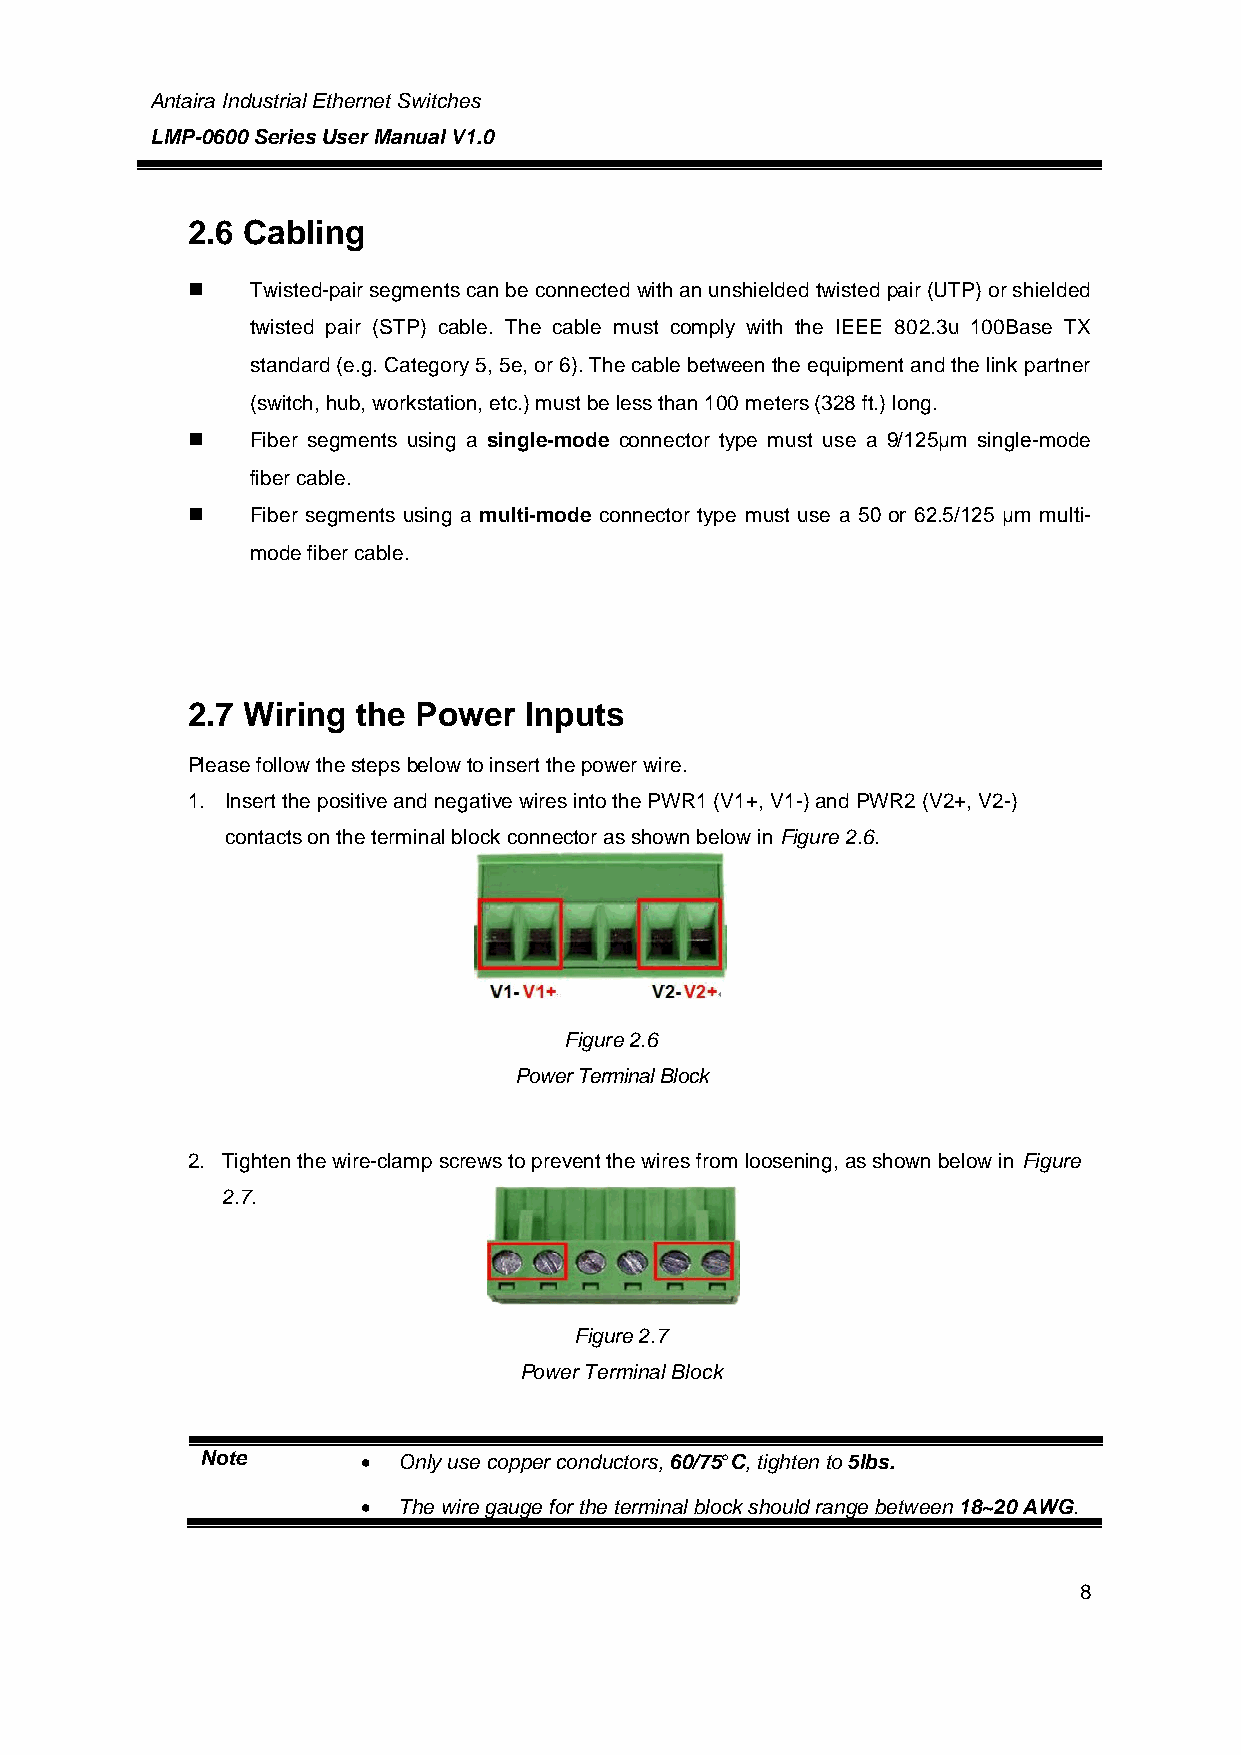
Antaira Industrial Ethernet Switches
 LMP-0600 Series User Manual V1.0
 2.6 Cabling
     Twisted-pair segments can be connected with an unshielded twisted pair (UTP) or shielded
 twisted pair (STP) cable. The cable must comply with the IEEE 802.3u 100Base TX
 standard (e.g. Category 5, 5e, or 6). The cable between the equipment and the link partner
 (switch, hub, workstation, etc.) must be less than 100 meters (328 ft.) long.
     Fiber segments using a single-mode connector type must use a 9/125μm single-mode
 fiber cable.
     Fiber segments using a multi-mode connector type must use a 50 or 62.5/125 μm multi-
 mode fiber cable.
 2.7 Wiring  the Power  Inputs
 Please follow the steps below to insert the power wire.
 1. Insert the positive and negative wires into the PWR1 (V1+, V1-) and PWR2 (V2+, V2-)
 contacts on the terminal block connector as shown below in Figure 2.6.
 Figure 2.6
 Power Terminal Block
 2. Tighten the wire-clamp screws to prevent the wires from loosening, as shown below in Figure
 2.7.
 Figure 2.7
 Power Terminal Block
 Note        Only use copper conductors, 60/75°C, tighten to 5lbs.
  The wire gauge for the terminal block should range between 18~20 AWG.
 8